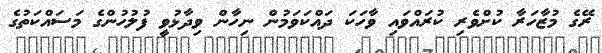
ރޭގެ މުޒާހަރާ ކުށްވެރި ކުރައްވައި ވާހަކަ ދައްކަވަމުން ނިހާން ވިދާޅުވީ ފުލުހުންގެ މަސައްކަތުގެ